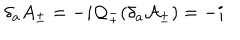
\delta _ { a } A _ { \pm } = - i \mathcal { Q } _ { \pm } ( \delta _ { a } \mathcal { A } _ { \pm } ) = - i